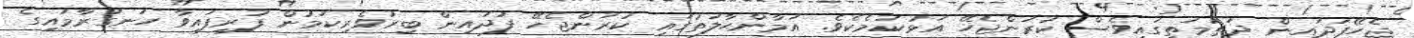
ޖެހޭފަދައިން ދަތުމަތީގައިވެސް ކުރަންޖެހޭ އަޅުކަމެކެވެ. އަމާންޙާލަތުގައި ކުރަންޖެހޭ ފަދައިން ބިރުވެރިކަމުން ފުރިފައިވާ ހަނގުރާމައިގެ